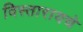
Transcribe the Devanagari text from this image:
विस्तारायचे